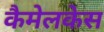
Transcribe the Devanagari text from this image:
कैमेलकेस